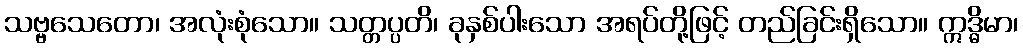
သဗ္ဗသေတော၊ အလုံးစုံသော။ သတ္တပ္ပတိ၊ ခုနှစ်ပါးသော အရပ်တို့ဖြင့် တည်ခြင်းရှိသော။ ဣဒ္ဓိမာ၊